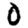
Digit: 0